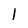
Character: l